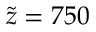
\tilde { z } = 7 5 0